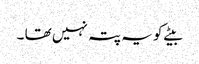
بیٹے کو یہ پتہ نہیں تھا ۔